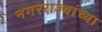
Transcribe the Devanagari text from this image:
नगरराज्यांच्या